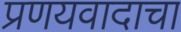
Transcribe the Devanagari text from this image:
प्रणयवादाचा